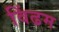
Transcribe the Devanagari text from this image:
विंढम